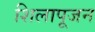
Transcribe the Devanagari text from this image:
शिलापूजन